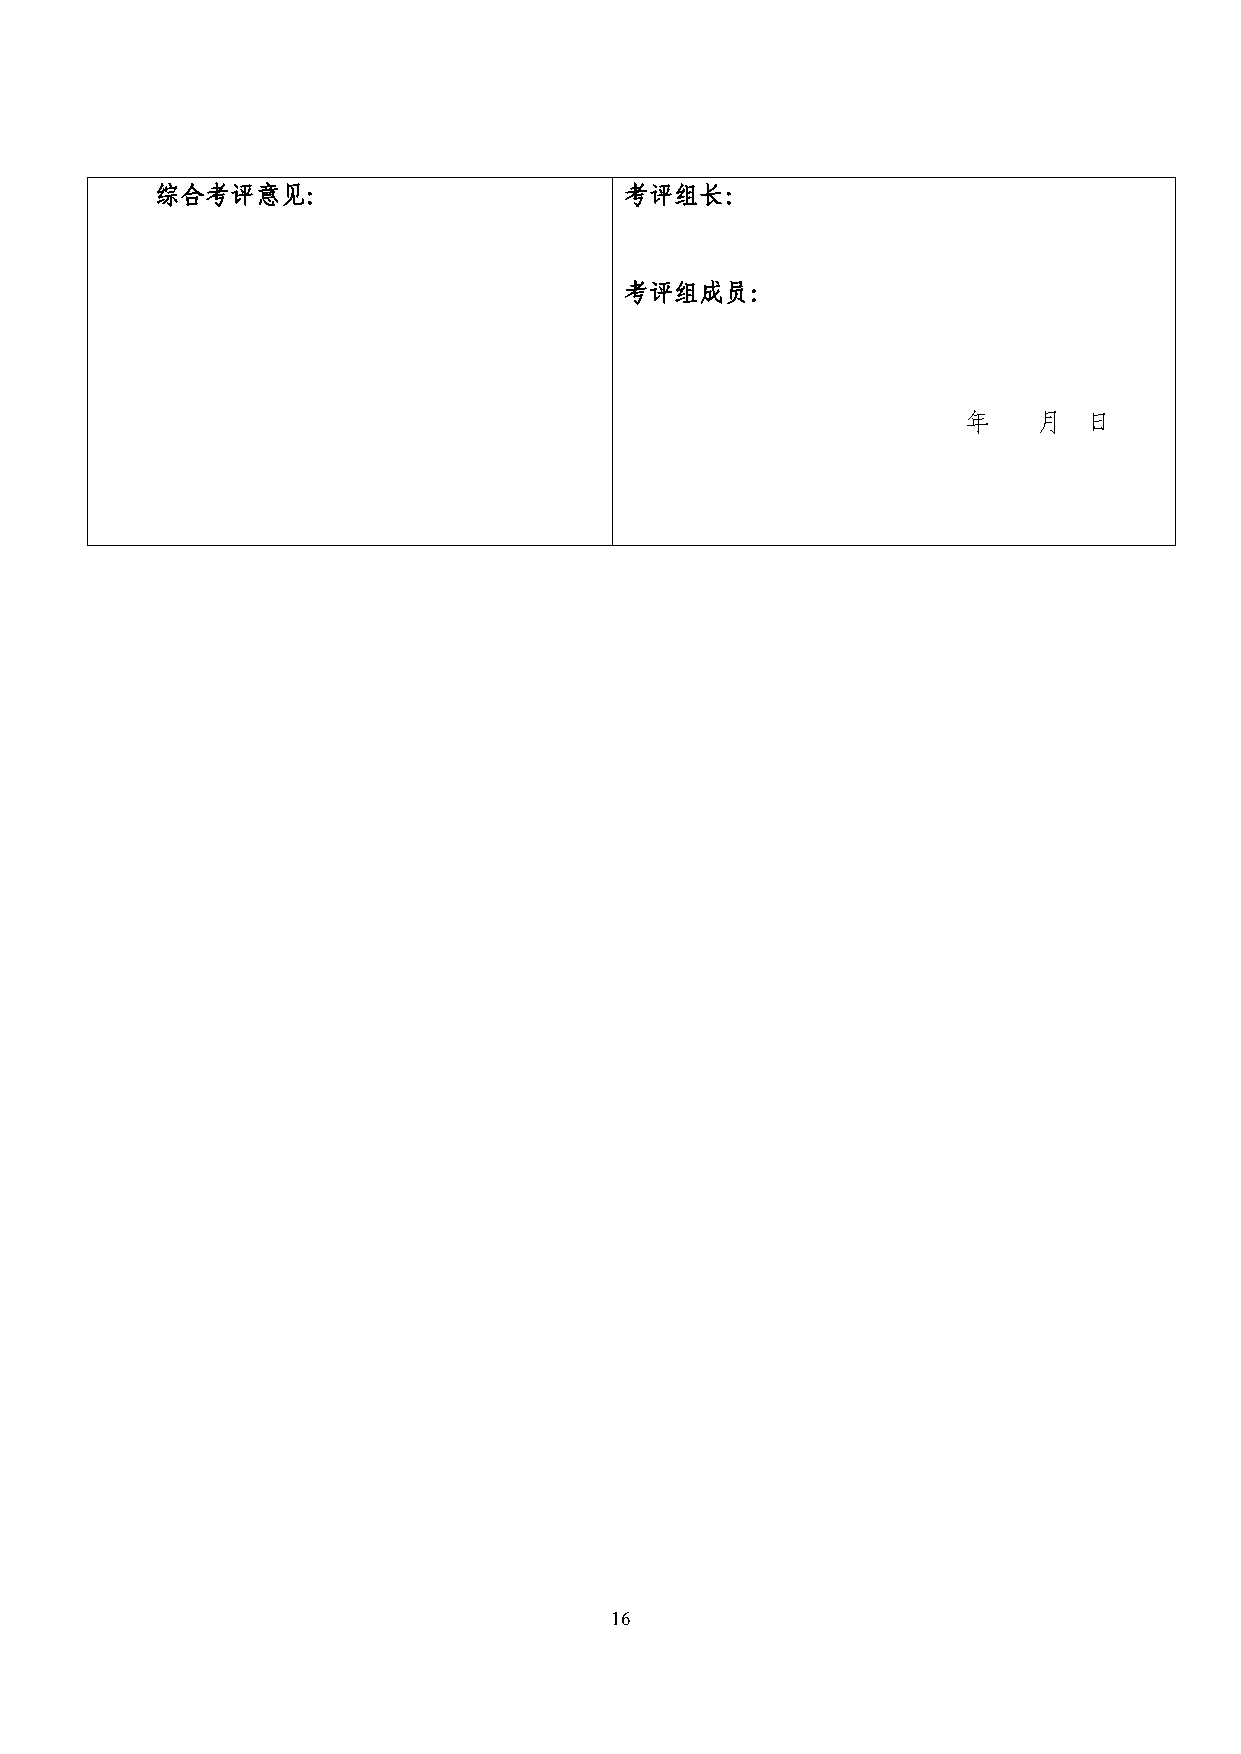
综合考评意见：                        考评组长：
 考评组成员：
 年    月  日
 16